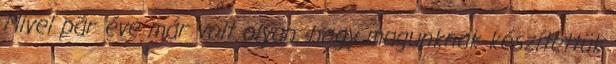
Mivel pár éve már volt olyan, hogy magunknak készítettük